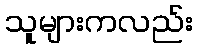
သူများကလည်း